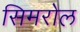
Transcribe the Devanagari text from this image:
सिमरोल